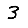
Digit: 3